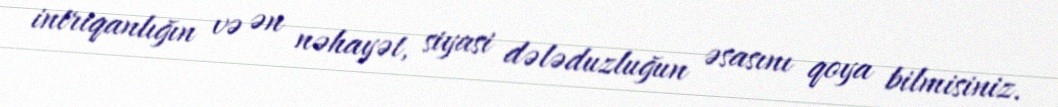
intriqanlığın və ən nəhayət, siyasi dələduzluğun əsasını qoya bilmisiniz.